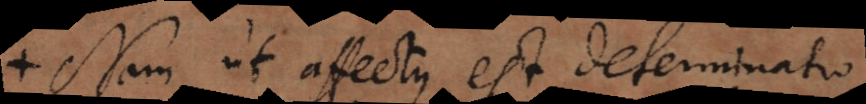
Nam ut affectus est determinatio